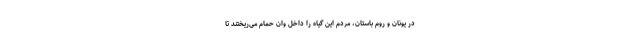
در یونان و روم باستان، مردم این گیاه را داخل وان حمام می‌ریختند تا